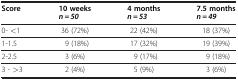
<table><thead><tr><td><b>Score</b></td><td><b>10 weeks</b></td><td><b>4 months</b></td><td><b>7.5 months</b></td></tr><tr><td><b> </b></td><td><b><i>n = 50</i></b></td><td><b><i>n = 53</i></b></td><td><b><i>n = 49</i></b></td></tr></thead><tbody><tr><td>0- &lt;1</td><td>36 (72%)</td><td>22 (42%)</td><td>18 (37%)</td></tr><tr><td>1-1.5</td><td>9 (18%)</td><td>17 (32%)</td><td>19 (39%)</td></tr><tr><td>2-2.5</td><td>3 (6%)</td><td>9 (17%)</td><td>9 (18%)</td></tr><tr><td>3 - &gt;3</td><td>2 (4%)</td><td>5 (9%)</td><td>3 (6%)</td></tr></tbody></table>